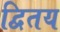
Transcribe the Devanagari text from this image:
द्वितय